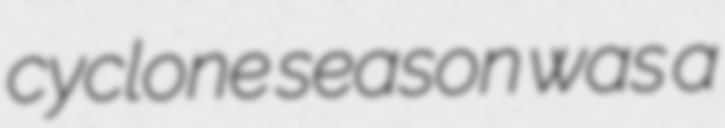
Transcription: cyclone season was a